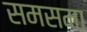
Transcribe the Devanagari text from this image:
समसमा